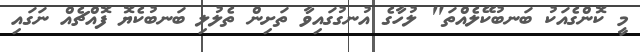
މީ ކޮންގެއަކު ބަނބުކޭލެއްތަ" ލުހާގެ އުނގުގައިވާ ތަށިން ތެލުލި ބަނބުކެޔޮ ފޮއްޗެއް ނަގައި